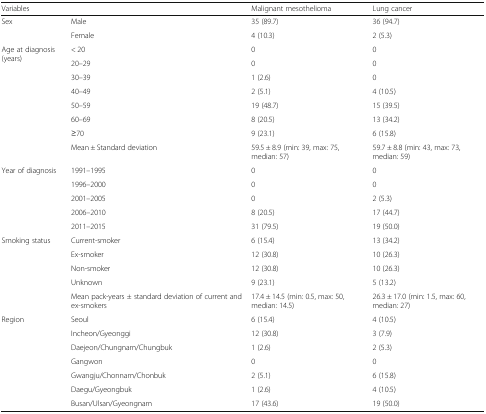
<table><thead><tr><td><b>Variables</b></td><td></td><td><b>Malignant mesothelioma</b></td><td><b>Lung cancer</b></td></tr></thead><tbody><tr><td rowspan="2">Sex</td><td>Male</td><td>35 (89.7)</td><td>36 (94.7)</td></tr><tr><td>Female</td><td>4 (10.3)</td><td>2 (5.3)</td></tr><tr><td rowspan="8">Age at diagnosis (years)</td><td>&lt; 20</td><td>0</td><td>0</td></tr><tr><td>20–29</td><td>0</td><td>0</td></tr><tr><td>30–39</td><td>1 (2.6)</td><td>0</td></tr><tr><td>40–49</td><td>2 (5.1)</td><td>4 (10.5)</td></tr><tr><td>50–59</td><td>19 (48.7)</td><td>15 (39.5)</td></tr><tr><td>60–69</td><td>8 (20.5)</td><td>13 (34.2)</td></tr><tr><td>≥70</td><td>9 (23.1)</td><td>6 (15.8)</td></tr><tr><td>Mean ± Standard deviation</td><td>59.5 ± 8.9 (min: 39, max: 75, median: 57)</td><td>59.7 ± 8.8 (min: 43, max: 73, median: 59)</td></tr><tr><td rowspan="5">Year of diagnosis</td><td>1991–1995</td><td>0</td><td>0</td></tr><tr><td>1996–2000</td><td>0</td><td>0</td></tr><tr><td>2001–2005</td><td>0</td><td>2 (5.3)</td></tr><tr><td>2006–2010</td><td>8 (20.5)</td><td>17 (44.7)</td></tr><tr><td>2011–2015</td><td>31 (79.5)</td><td>19 (50.0)</td></tr><tr><td rowspan="5">Smoking status</td><td>Current-smoker</td><td>6 (15.4)</td><td>13 (34.2)</td></tr><tr><td>Ex-smoker</td><td>12 (30.8)</td><td>10 (26.3)</td></tr><tr><td>Non-smoker</td><td>12 (30.8)</td><td>10 (26.3)</td></tr><tr><td>Unknown</td><td>9 (23.1)</td><td>5 (13.2)</td></tr><tr><td>Mean pack-years ± standard deviation of current and ex-smokers</td><td>17.4 ± 14.5 (min: 0.5, max: 50, median: 14.5)</td><td>26.3 ± 17.0 (min: 1.5, max: 60, median: 27)</td></tr><tr><td rowspan="7">Region</td><td>Seoul</td><td>6 (15.4)</td><td>4 (10.5)</td></tr><tr><td>Incheon/Gyeonggi</td><td>12 (30.8)</td><td>3 (7.9)</td></tr><tr><td>Daejeon/Chungnam/Chungbuk</td><td>1 (2.6)</td><td>2 (5.3)</td></tr><tr><td>Gangwon</td><td>0</td><td>0</td></tr><tr><td>Gwangju/Chonnam/Chonbuk</td><td>2 (5.1)</td><td>6 (15.8)</td></tr><tr><td>Daegu/Gyeongbuk</td><td>1 (2.6)</td><td>4 (10.5)</td></tr><tr><td>Busan/Ulsan/Gyeongnam</td><td>17 (43.6)</td><td>19 (50.0)</td></tr></tbody></table>